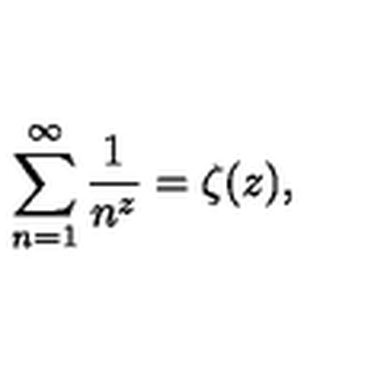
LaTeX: \sum _ { n = 1 } ^ { \infty } \frac { 1 } { n ^ { z } } = \zeta ( z ) ,